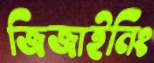
জিজাইনিং